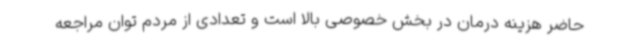
حاضر هزینه درمان در بخش خصوصی بالا است و تعدادی از مردم توان مراجعه